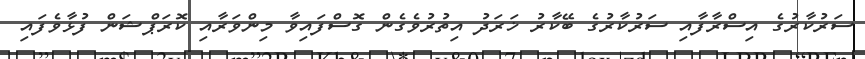
ސަރުކާރުގެ އިސްރާފާއި ސަރުކާރުގެ ބޭކާރު ޚަރަދު އިތުރުވެގެން ގޮސްފައިވާ މިންވަރާއި ކޮރަޕްޝަން ފުޅާވެފައި